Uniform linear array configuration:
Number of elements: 12
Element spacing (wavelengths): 0.5
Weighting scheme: hamming
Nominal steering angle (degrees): -60
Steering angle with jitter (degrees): -60.131
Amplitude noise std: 0.05
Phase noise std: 0.05

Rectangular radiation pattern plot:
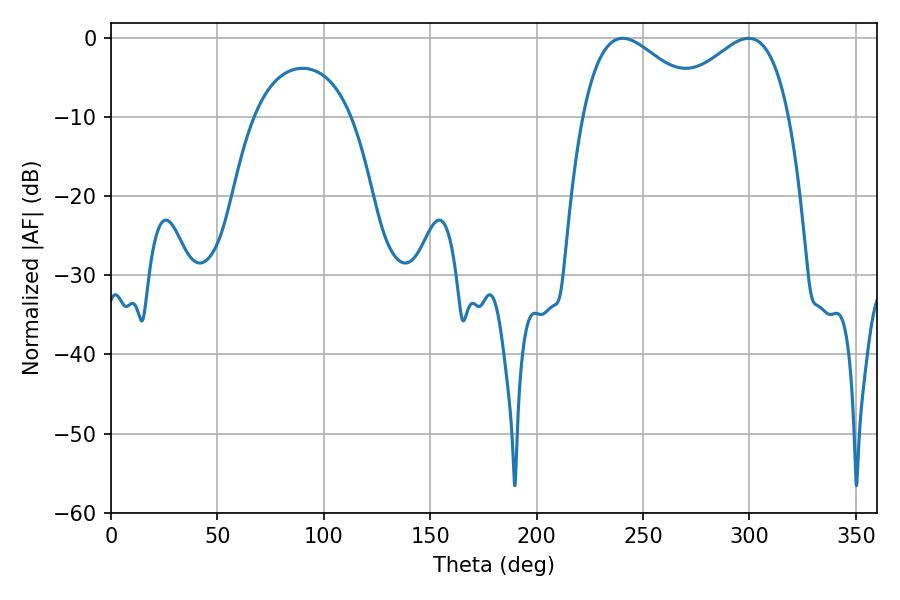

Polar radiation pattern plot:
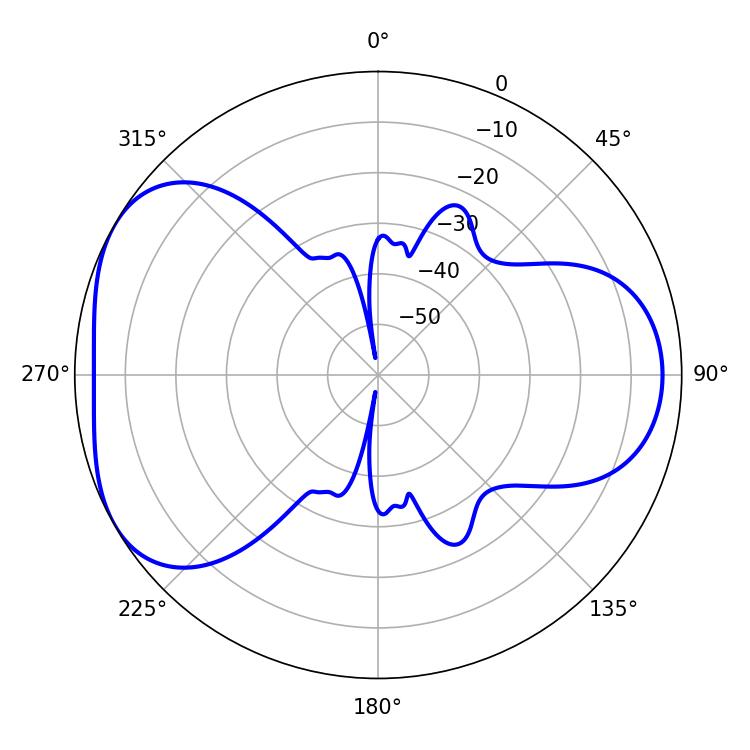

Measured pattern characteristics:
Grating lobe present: FALSE
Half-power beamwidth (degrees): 31.14
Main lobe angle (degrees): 240.48